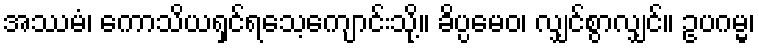
အဿမံ၊ ကောသိယရှင်ရသေ့ကျောင်းသို့။ ခိပ္ပမေဝ၊ လျှင်စွာလျှင်။ ဥပဂမ္မ၊